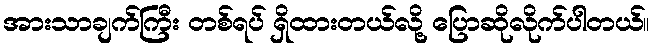
အားသာချက်ကြီး တစ်ရပ် ရှိထားတယ်လို့ ပြောဆိုလိုက်ပါတယ်။